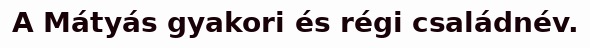
A Mátyás gyakori és régi családnév.